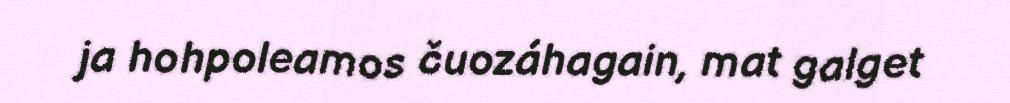
ja hohpoleamos čuozáhagain, mat galget